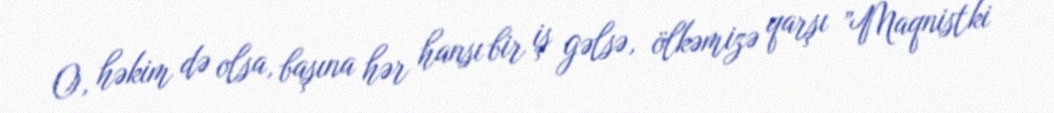
O, həkim də olsa, başına hər hansı bir iş gəlsə, ölkəmizə qarşı ”Maqnistki